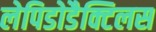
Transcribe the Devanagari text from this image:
लेपिडोडैक्टिलस